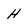
Character: H